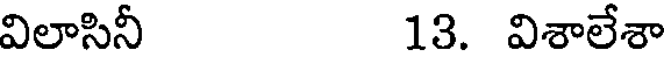
విలాసినీ 13. విశాలేశా